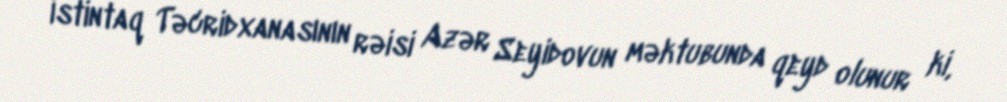
İstintaq Təcridxanasının rəisi Azər Seyidovun məktubunda qeyd olunur ki,